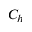
C _ { h }